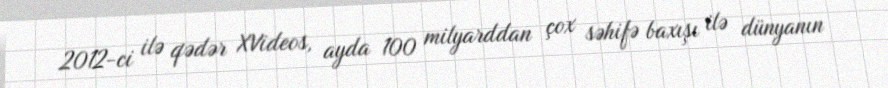
2012-ci ilə qədər XVideos, ayda 100 milyarddan çox səhifə baxışı ilə dünyanın